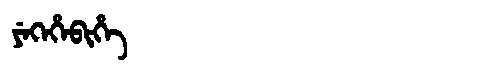
Manchu: ᠶᡝᡴᡝᡥᡝᠪᡳᡥᡝ
Romanization: YEKEHEBIHE